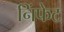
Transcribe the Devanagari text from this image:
निंफेट